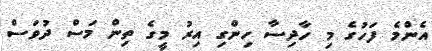
އެންމެ ފަހުގެ މި ހާދިސާ ހިންގި އިރު މީގެ ތިން މަސް ދުވަސް